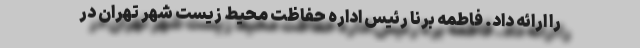
را ارائه داد. فاطمه برنا رئیس اداره حفاظت محیط زیست شهر تهران در